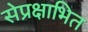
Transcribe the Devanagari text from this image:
सेप्रक्षाभित